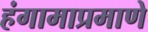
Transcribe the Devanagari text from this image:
हंगामाप्रमाणे